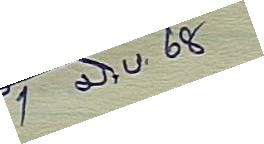
1 มิ.ย. 68